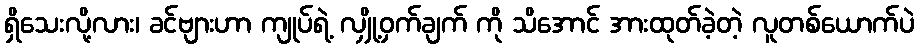
ရှိသေးလို့လား၊ ခင်ဗျားဟာ ကျုပ်ရဲ့ လျှို့ဝှက်ချက် ကို သိအောင် အားထုတ်ခဲ့တဲ့ လူတစ်ယောက်ပဲ